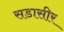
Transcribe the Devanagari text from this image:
सडासीर